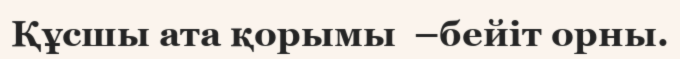
Құсшы ата қорымы  –бейіт орны.